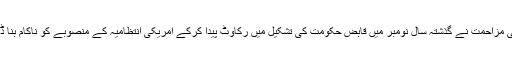
فلسطینی مزاحمت نے گذشتہ سال نومبر میں قابض حکومت کی تشکیل میں رکاوٹ پیدا کرکے امریکی انتظامیہ کے منصوبے کو ناکام بنا ڈالا تھا'۔